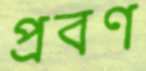
প্রবণ